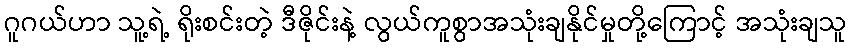
ဂူဂယ်ဟာ သူ့ရဲ့ ရိုးစင်းတဲ့ ဒီဇိုင်းနဲ့ လွယ်ကူစွာအသုံးချနိုင်မှုတို့ကြောင့် အသုံးချသူ